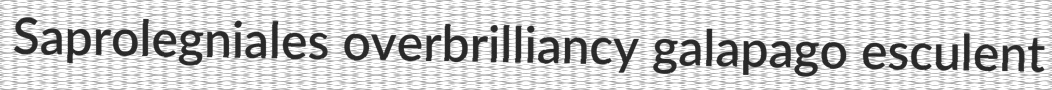
Saprolegniales overbrilliancy galapago esculent